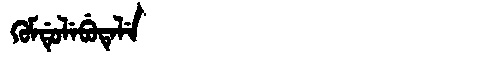
Manchu: ᡴᡠᠮᡩᡠᠯᡝᠪᡠᡨᡝᠯᡝ
Romanization: KUMDULEBUTELE